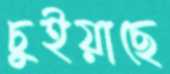
চুইয়াছে